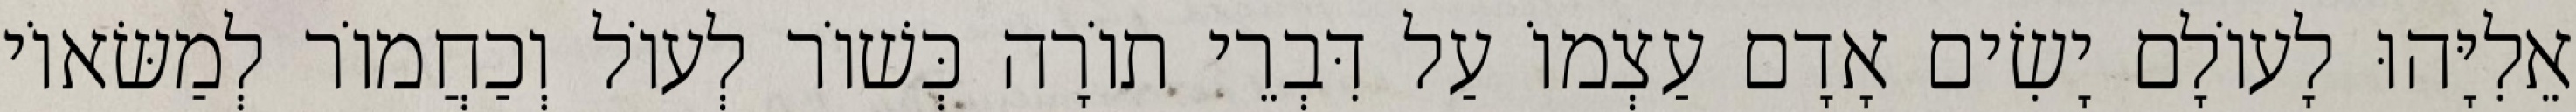
אֵלִיָּהוּ לָעוֹלָם יָשִׂים אָדָם עַצְמוֹ עַל דִּבְרֵי תוֹרָה כְּשׁוֹר לְעוֹל וְכַחֲמוֹר לְמַשּׂאוֹי